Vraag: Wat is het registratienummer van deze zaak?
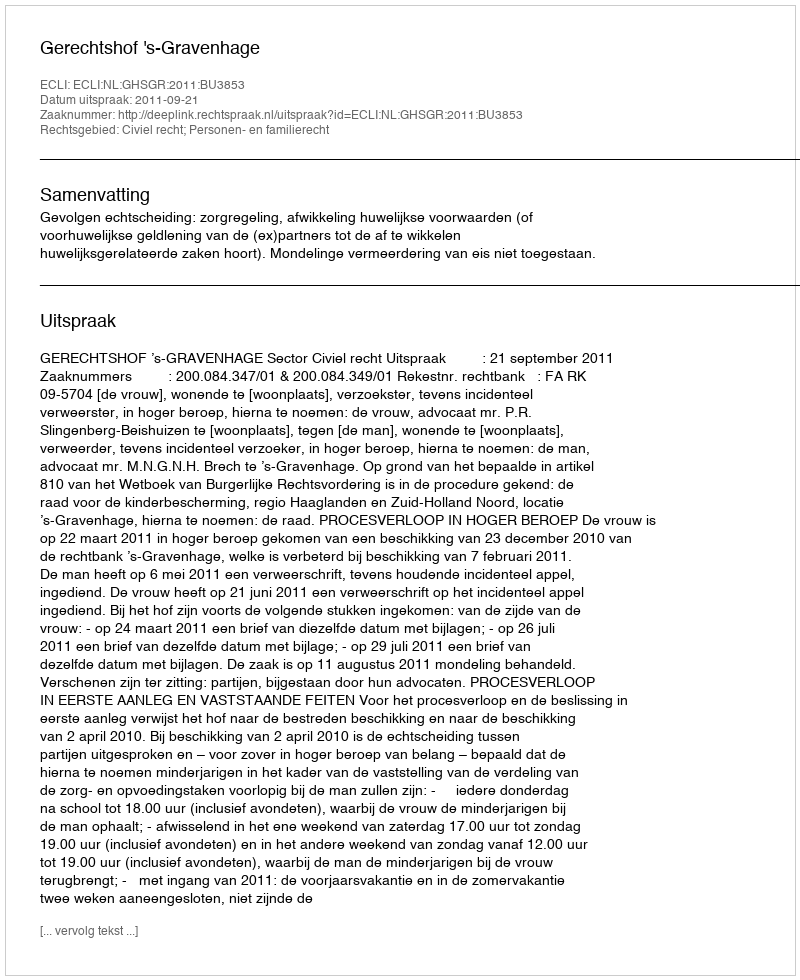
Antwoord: http://deeplink.rechtspraak.nl/uitspraak?id=ECLI:NL:GHSGR:2011:BU3853